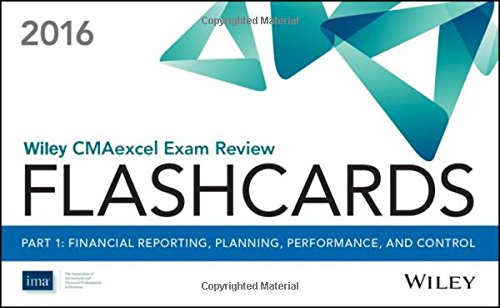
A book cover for Wiley CMAexcel Exam Review 2016 Flashcards: Part 1, Financial Decision Making; IMA; Business & Money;